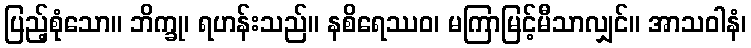
ပြည့်စုံသော။ ဘိက္ခု၊ ရဟန်းသည်။ နစိရေဿဝ၊ မကြာမြင့်မီသာလျှင်။ အာသဝါနံ၊